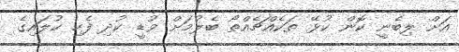
އަށް ލިބެނީ ކޮން ކުޅޭ ތަކެއްޗެއްތޯ ބެލުމަށް ވުޑީ ކުދި ފެހި ކުލައިގެ